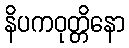
နိပကဝုတ္တိနော